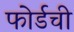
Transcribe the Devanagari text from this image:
फोर्डची